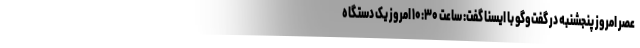
عصر امروز پنجشنبه در گفت‌وگو با ایسنا گفت: ساعت ۱۰:۳۰ امروز یک دستگاه